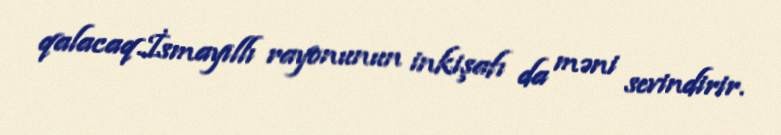
qalacaq.İsmayıllı rayonunun inkişafı da məni sevindirir.